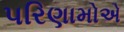
પરિણામોએ